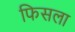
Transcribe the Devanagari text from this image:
फिसला